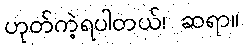
ဟုတ်ကဲ့ရပါတယ်၊ ဆရာ။